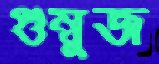
গুম্বুজ